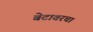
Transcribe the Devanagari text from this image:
बेटावरचा